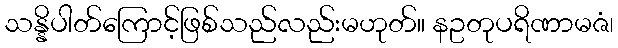
သန္နိပါတ်ကြောင့်ဖြစ်သည်လည်းမဟုတ်။ နဥတုပရိဏာမဇံ၊